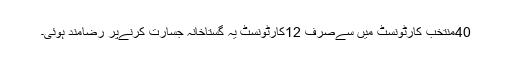
40منتخب کارٹونسٹ میں سےصرف 12کارٹونسٹ یہ گستاخانہ جسارت کرنےپر رضامند ہوئی۔